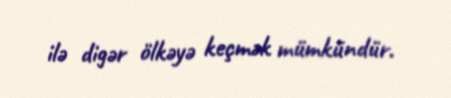
ilə digər ölkəyə keçmək mümkündür.